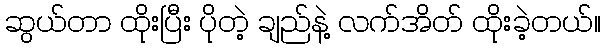
ဆွယ်တာ ထိုးပြီး ပိုတဲ့ ချည်နဲ့ လက်အိတ် ထိုးခဲ့တယ်။